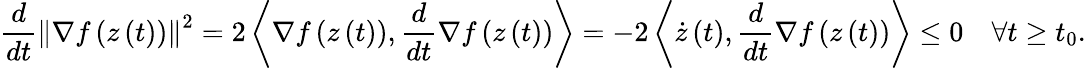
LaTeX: \frac{d}{dt}\left\lVert\nabla f\left(z\left(t\right)\right)\right\rVert^{2}=2\left\langle\nabla f\left(z\left(t\right)\right),\frac{d}{dt}\nabla f\left(z\left(t\right)\right)\right\rangle=-2\left\langle\dot{z}\left(t\right),\frac{d}{dt}\nabla f\left(z\left(t\right)\right)\right\rangle\leq 0\quad\forall t\geq t_{0}.